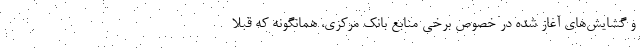
و گشایش‌های آغاز شده در خصوص برخی منابع بانک مرکزی، همانگونه که قبلاً